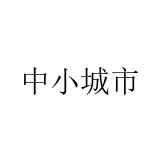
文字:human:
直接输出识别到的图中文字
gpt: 中小城市